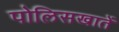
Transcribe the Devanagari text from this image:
पोलिसखातें